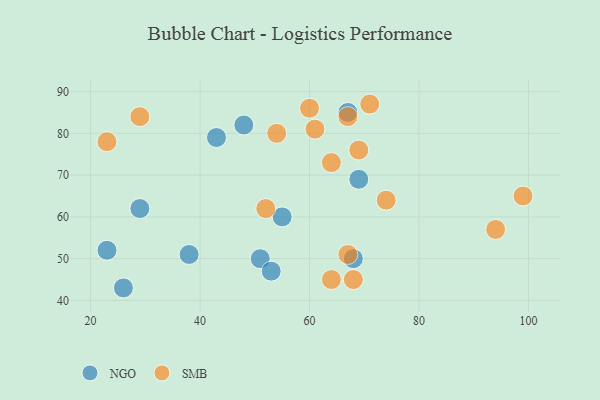
{"axis": {"x": "GDP", "y": "Life Expectancy"}, "legend": ["NGO", "SMB"], "data": [{"x": "68", "y": 50, "type": "NGO"}, {"x": "51", "y": 50, "type": "NGO"}, {"x": "23", "y": 52, "type": "NGO"}, {"x": "38", "y": 51, "type": "NGO"}, {"x": "48", "y": 82, "type": "NGO"}, {"x": "43", "y": 79, "type": "NGO"}, {"x": "55", "y": 60, "type": "NGO"}, {"x": "67", "y": 85, "type": "NGO"}, {"x": "69", "y": 69, "type": "NGO"}, {"x": "29", "y": 62, "type": "NGO"}, {"x": "53", "y": 47, "type": "NGO"}, {"x": "26", "y": 43, "type": "NGO"}, {"x": "69", "y": 76, "type": "SMB"}, {"x": "64", "y": 45, "type": "SMB"}, {"x": "67", "y": 51, "type": "SMB"}, {"x": "52", "y": 62, "type": "SMB"}, {"x": "61", "y": 81, "type": "SMB"}, {"x": "94", "y": 57, "type": "SMB"}, {"x": "74", "y": 64, "type": "SMB"}, {"x": "29", "y": 84, "type": "SMB"}, {"x": "71", "y": 87, "type": "SMB"}, {"x": "99", "y": 65, "type": "SMB"}, {"x": "54", "y": 80, "type": "SMB"}, {"x": "67", "y": 84, "type": "SMB"}, {"x": "64", "y": 73, "type": "SMB"}, {"x": "23", "y": 78, "type": "SMB"}, {"x": "60", "y": 86, "type": "SMB"}, {"x": "68", "y": 45, "type": "SMB"}]}